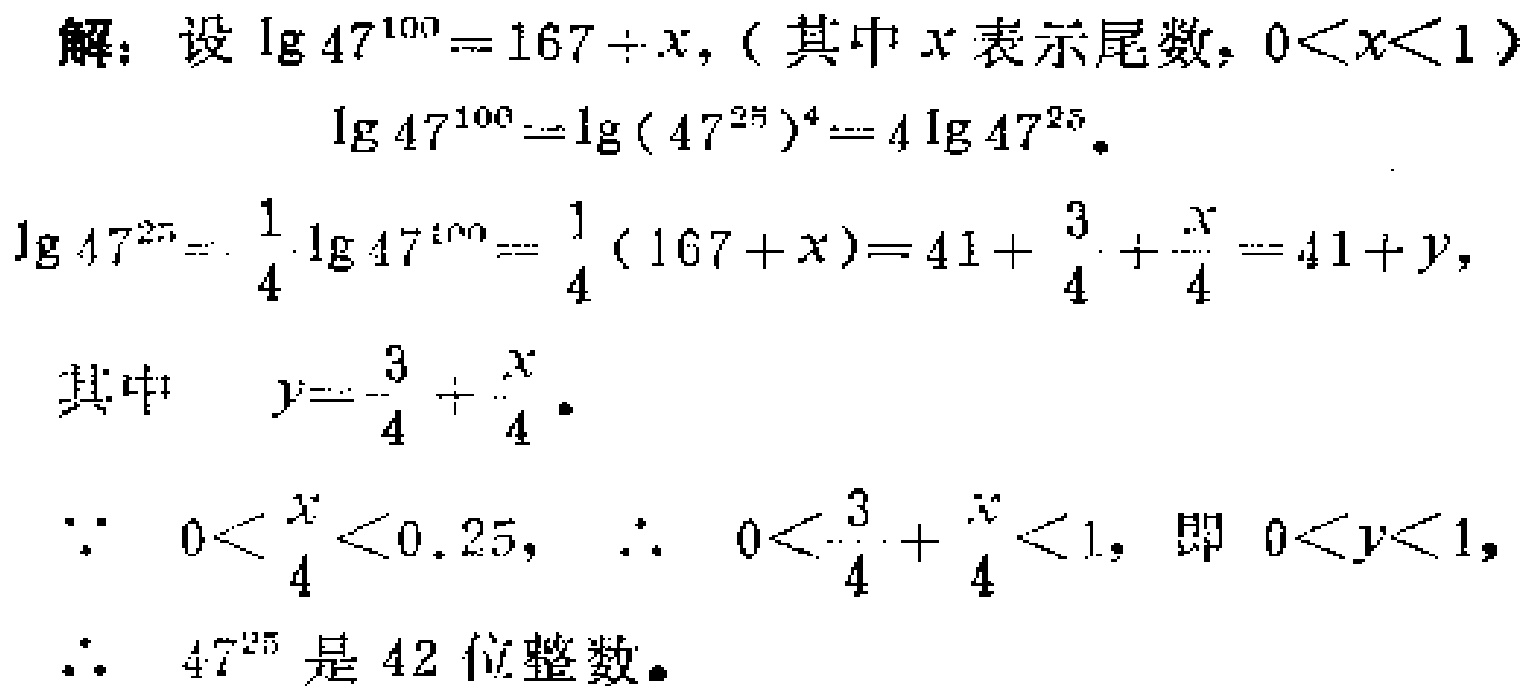
解：设\(\lg 47^{100}=167 + x\)，（其中\(x\)表示尾数，\(0<x<1\)）
\[\begin{align*}
\lg 47^{100}&=\lg(47^{25})^{4}=4\lg 47^{25}\\
\lg 47^{25}&=\frac{1}{4}\lg 47^{100}=\frac{1}{4}(167 + x)=41+\frac{3}{4}+\frac{x}{4}=41 + y\\
\end{align*}\]
其中 \(y = \frac{3}{4}+\frac{x}{4}\)。
\(\because 0<\frac{x}{4}<0.25\)，\(\therefore 0<\frac{3}{4}+\frac{x}{4}<1\)，即 \(0<y<1\)，
\(\therefore 47^{25}\)是\(42\)位整数。